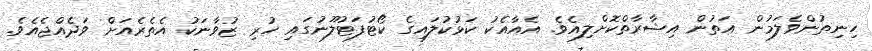
ހިނިތުންވެލަމުން އަތުން އިޝާރާތްކޮށްލިއެވެ. އެއާއެކު ކަޅުކުލައިގެ ކޯޓުފަޓުލޫނުގައި ހުރި ޒުވާނަކު އެތެރެއަށް ވަދެއްޖެއެވެ.